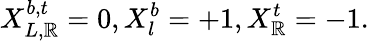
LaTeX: X_{L,\mathbb{R}}^{b,t}=0,X_{l}^{b}=+1,X_{\mathbb{R}}^{t}=-1.